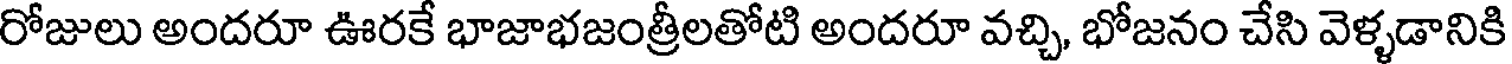
రోజులు అందరూ ఊరకే భాజాభజంత్రీలతోటి అందరూ వచ్చి, భోజనం చేసి వెళ్ళడానికి